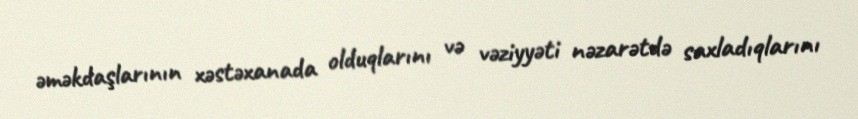
əməkdaşlarının xəstəxanada olduqlarını və vəziyyəti nəzarətdə saxladıqlarını